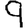
Digit: 9